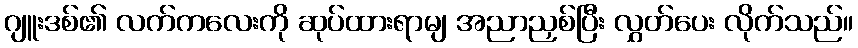
ဂျူးဒစ်၏ လက်ကလေးကို ဆုပ်ထားရာမျ အညာညှစ်ပြီး လွှတ်ပေး လိုက်သည်။